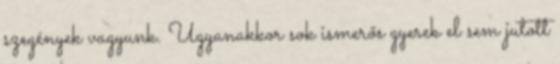
szegények vagyunk. Ugyanakkor sok ismerős gyerek el sem jutott